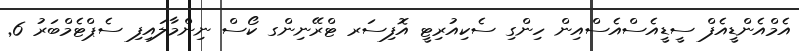
އެމްއެންޑީއެފް ސީޑީއެސްއެސްއިން ހިންގި ސެކިއުރިޓީ އޮފިސަރ ޓްރޭނިންގ ކޯސް ނިންމާލައިފި ސެޕްޓެމްބަރު 6